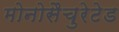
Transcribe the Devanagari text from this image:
मोनोसैचुरेटेड